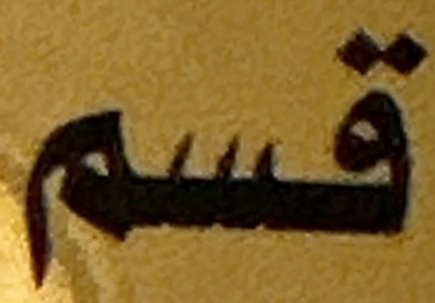
قسسم